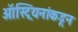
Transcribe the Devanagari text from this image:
ऑस्ट्रियनांकडून